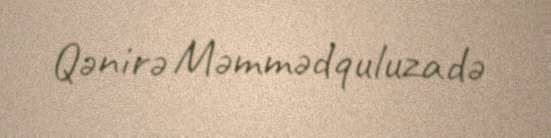
Qənirə Məmmədquluzadə